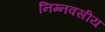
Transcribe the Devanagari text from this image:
निम्नवसीय